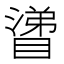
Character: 𰝊